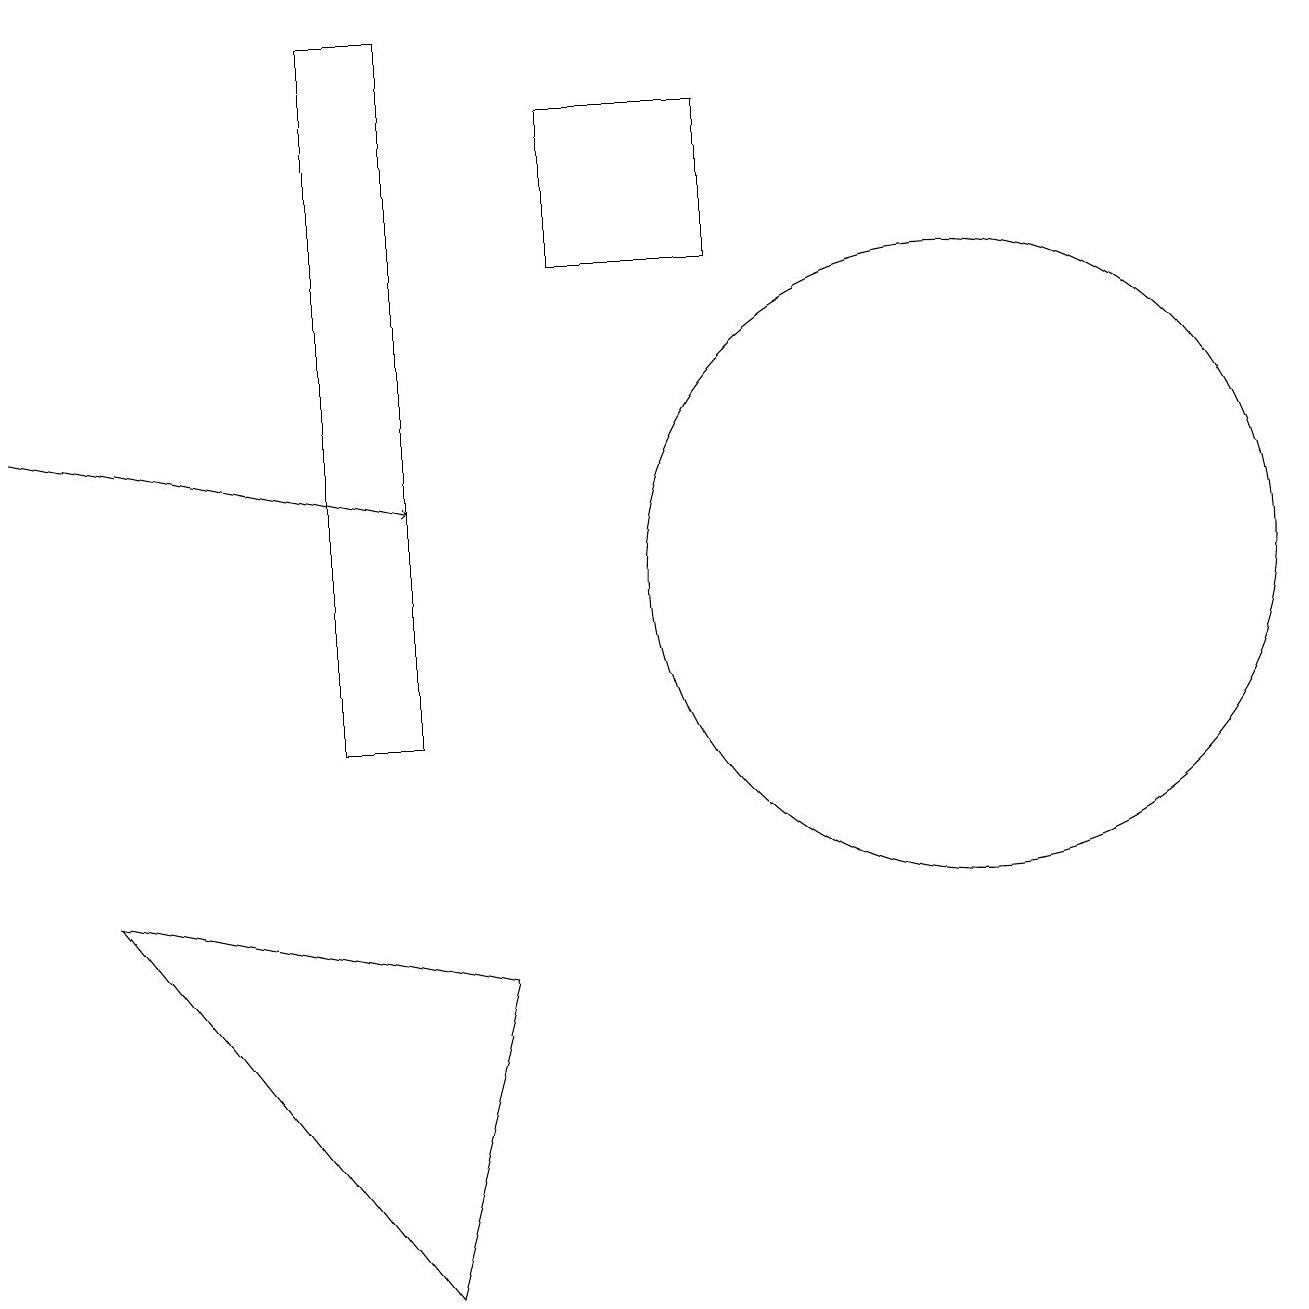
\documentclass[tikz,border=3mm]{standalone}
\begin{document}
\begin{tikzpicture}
\draw[->] (0,14) -- (5,13);
\draw (12,12) circle (4);
\draw (4,10) rectangle (5,19);
\draw (5,3) -- (1,8) -- (6,7) -- cycle;
\draw (7,16) rectangle (9,18);
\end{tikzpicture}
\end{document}